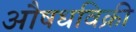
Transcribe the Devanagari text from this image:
औषधविक्री